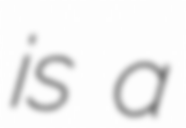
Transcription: is a